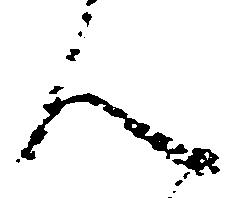
ん